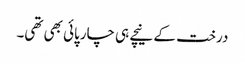
درخت کے نیچے ہی چارپائی بھی تھی۔